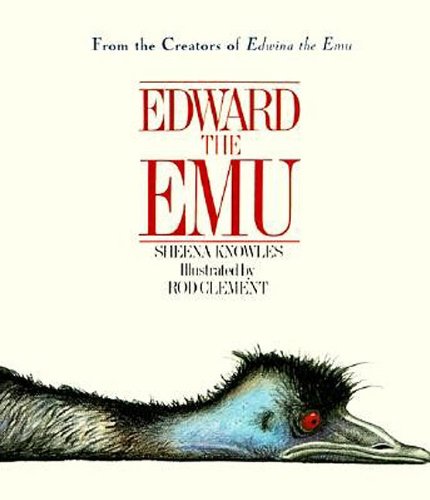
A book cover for Edward the Emu; Sheena Knowles; Children's Books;